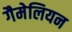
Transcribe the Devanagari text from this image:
गैमेलियन